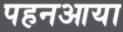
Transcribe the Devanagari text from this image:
पहनआया